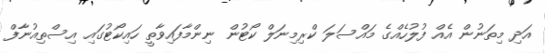
އަދި މިތަނުން އެއް ފުލުހެއްގެ މައްސަލަ ކްރިމިނަލް ކޯޓުން ނިންމާފައިވާތީ ހައިކޯޓުގައި އިސްތިއުނާފް